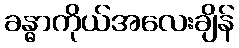
ခန္ဓာကိုယ်အလေးချိန်